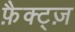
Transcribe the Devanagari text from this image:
फ़ैक्ट्ज़